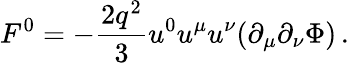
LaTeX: F^{0}=-\frac{2q^{2}}3u^{0}u^{\mu}u^{\nu}(\partial_{\mu}\partial_{\nu}\Phi)\, .